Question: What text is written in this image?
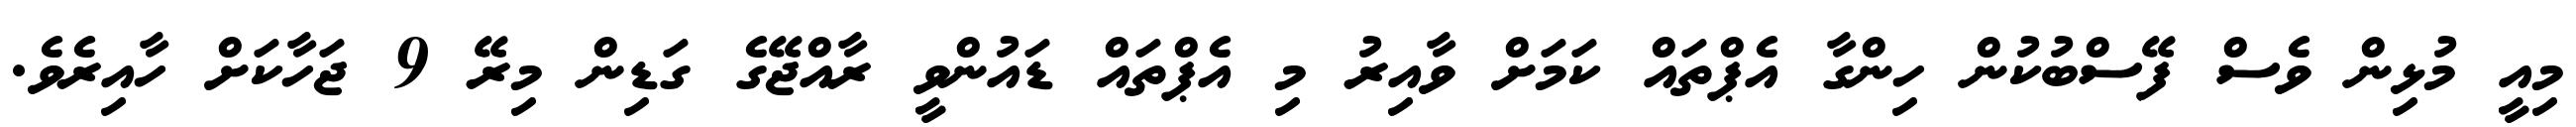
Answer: މިއީ މުޅިން ވެސް ފޭސްބުކުން ހިންގާ އެޕްތައް ކަމަށް ވާއިރު މި އެޕްތައް ޑައުންވީ ރާއްޖޭގެ ގަޑިން މިރޭ 9 ޖަހާކަށް ހާއިރެވެ.